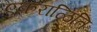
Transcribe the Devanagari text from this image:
एकराळिति